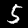
Label: 5